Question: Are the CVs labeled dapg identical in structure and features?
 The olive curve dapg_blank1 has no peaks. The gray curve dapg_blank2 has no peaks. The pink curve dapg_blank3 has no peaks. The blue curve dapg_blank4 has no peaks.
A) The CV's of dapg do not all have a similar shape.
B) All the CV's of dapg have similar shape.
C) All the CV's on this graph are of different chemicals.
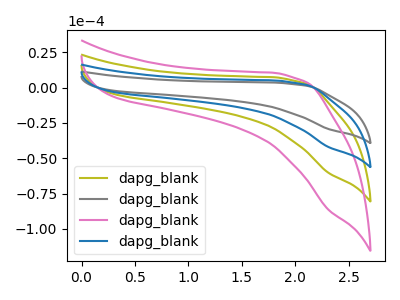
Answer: <think>Neither "dapg_blank1" or "dapg_blank2" have any peaks. Neither "dapg_blank1" or "dapg_blank3" have any peaks. Neither "dapg_blank1" or "dapg_blank4" have any peaks. Neither "dapg_blank2" or "dapg_blank3" have any peaks. Neither "dapg_blank2" or "dapg_blank4" have any peaks. Neither "dapg_blank3" or "dapg_blank4" have any peaks.
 </think>
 <answer>B) All the CV's of "dapg" have similar shape.</answer>
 <eval>B</eval>